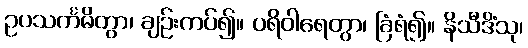
ဥပသင်္ကမိတွာ၊ ချဉ်းကပ်၍။ ပရိဝါရေတွာ၊ ခြံရံ၍။ နိသီဒိံသု၊